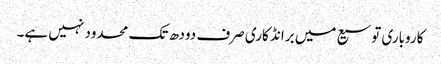
کاروباری توسیع میں برانڈ کاری صرف دودھ تک محدود نہیں ہے۔